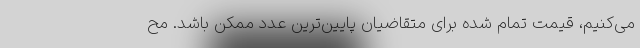
می‌کنیم، قیمت تمام شده برای متقاضیان پایین‌ترین عدد ممکن باشد. مح